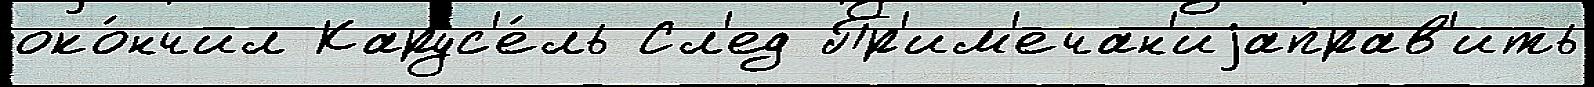
око́нчил Карус'е́ль Сл'ед Пр'им'ечан'иjаправ'ить